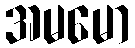
အမမော